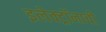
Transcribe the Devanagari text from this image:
इलेक्ट्रॉनाची